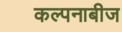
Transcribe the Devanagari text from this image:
कल्पनाबीज